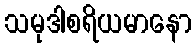
သမုဒါစရိယမာနော